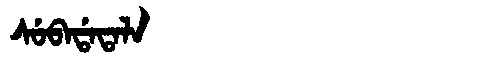
Manchu: ᠰᡠᠪᠠᡩᠠᡨᠠᠯᠠ
Romanization: SUBADATALA